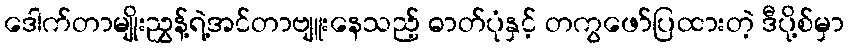
ဒေါက်တာမျိုးညွှန့်ရဲ့အင်တာဗျူးနေသည့် ဓာတ်ပုံနှင့် တကွဖော်ပြထားတဲ့ ဒီပို့စ်မှာ